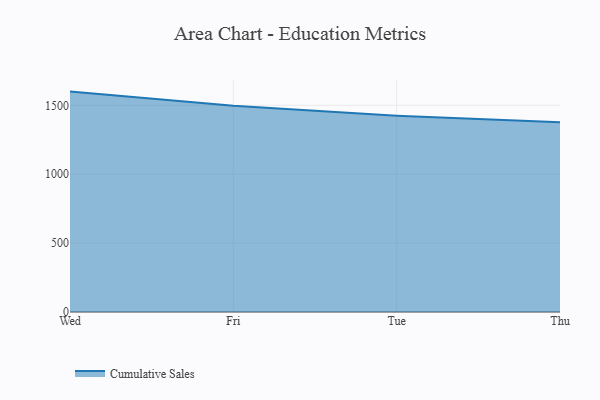
{"axis": {"x": "Day", "y": "Production Output"}, "legend": ["Cumulative Sales"], "data": [{"x": "Wed", "y": 1599.6, "type": "Cumulative Sales"}, {"x": "Fri", "y": 1496.6, "type": "Cumulative Sales"}, {"x": "Tue", "y": 1424.6, "type": "Cumulative Sales"}, {"x": "Thu", "y": 1377.8, "type": "Cumulative Sales"}]}